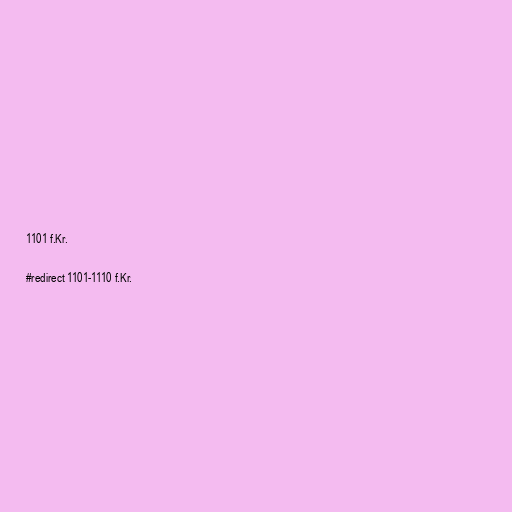
1101 f.Kr.

#redirect 1101-1110 f.Kr.